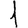
Digit: 1